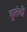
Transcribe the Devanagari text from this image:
कृतंकों